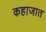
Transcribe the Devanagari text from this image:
कहाजात